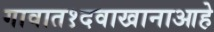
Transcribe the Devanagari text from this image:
गावात१दवाखानाआहे